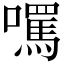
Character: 𡂼